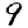
Digit: 9